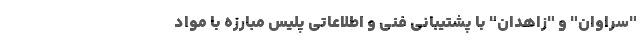
"سراوان" و "زاهدان" با پشتیبانی فنی و اطلاعاتی پلیس مبارزه با مواد